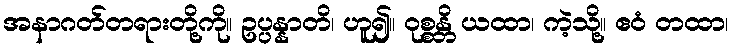
အနာဂတ်တရားတို့ကို။ ဥပ္ပန္နာတိ၊ ဟူ၍။ ဝုစ္စန္တိ ယထာ၊ ကဲ့သို့။ ဧဝံ တထာ၊